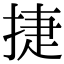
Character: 捷